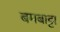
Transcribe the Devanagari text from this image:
बमबाट्टा